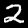
Digit: 2